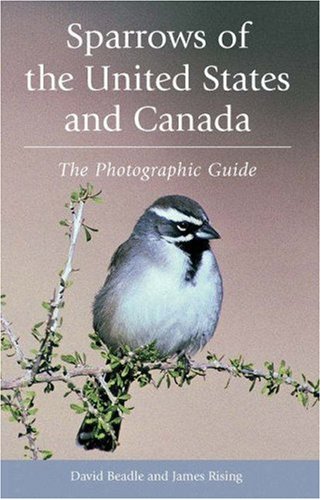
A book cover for Sparrows of the United States and Canada: The Photographic Guide; David Beadle; Science & Math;